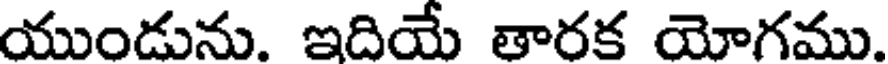
యుండును. ఇదియే తారక యోగము.